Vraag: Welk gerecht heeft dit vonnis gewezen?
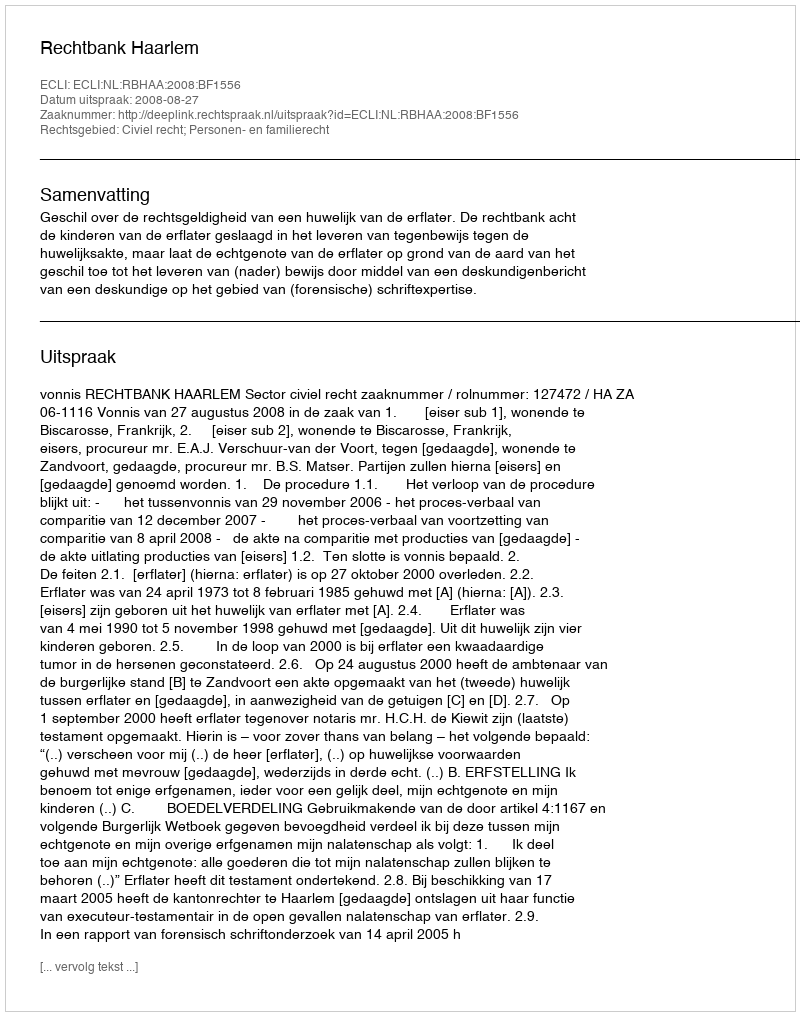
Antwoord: Rechtbank Haarlem